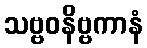
သဗ္ဗဝနိဗ္ဗကာနံ